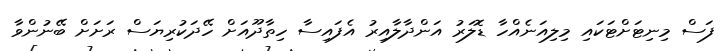
ފަސް މިނިޓަށްޓަކައި މިލިއަނެއްހާ ޑޮލަރު އަންދާލާއިރު އެފައިސާ ހިތާދޫއަށް ހޭދަކުރިޔަސް ރަށަށް ބޭނުންވާ